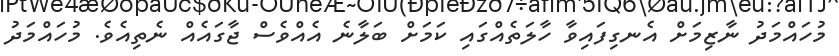
މުހައްމަދު ނާޒިމަށް އެނގިފައިވާ ހާލަތެއްގައި ކަމަށް ބަލާނެ އެއްވެސް ޖާގައެއް ނެތިއެވެ. މުހައްމަދު